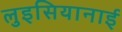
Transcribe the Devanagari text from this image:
लुइसियानाई